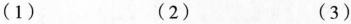
(1) (2) (3)